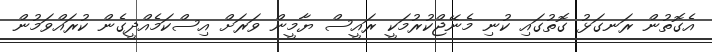
އެގޮތުން ރަނގަޅު ގޮތުގައި ކުނި މެނޭޖްކުރުމަކީ ރައީސް ޔާމީން ވަރަށް އިސްކަމެއްދީގެން ކުރައްވަމުން